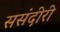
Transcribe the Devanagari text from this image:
ससंदीरी